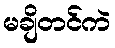
မချိတင်ကဲ